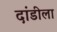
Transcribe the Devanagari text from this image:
दांडीला